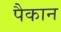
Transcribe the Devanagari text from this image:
पैकान